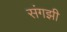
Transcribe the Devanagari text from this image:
संगझी